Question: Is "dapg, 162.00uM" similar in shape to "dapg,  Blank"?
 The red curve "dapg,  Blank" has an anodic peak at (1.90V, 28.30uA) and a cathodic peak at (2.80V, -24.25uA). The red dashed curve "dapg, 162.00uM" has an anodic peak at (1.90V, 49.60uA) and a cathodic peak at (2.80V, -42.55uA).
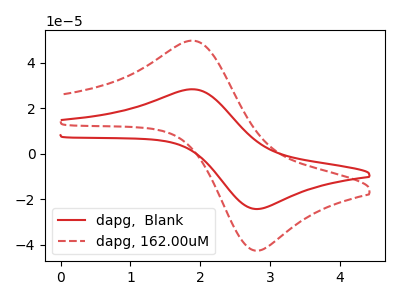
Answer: <think>All the peaks in "dapg, 162.00uM" have a peak in "dapg,  Blank" at the same potential. Every peak in "dapg, 162.00uM" is higher than every peak in "dapg,  Blank".
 </think>
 <answer>"dapg, 162.00uM" and "dapg,  Blank" are similar in shape.</answer>
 <eval>same_shape</eval>